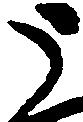
う